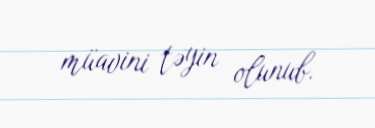
müavini təyin olunub.